Civil Veterinary Department Bihar reports 1936-40 - 1936-1940
Year: 1936
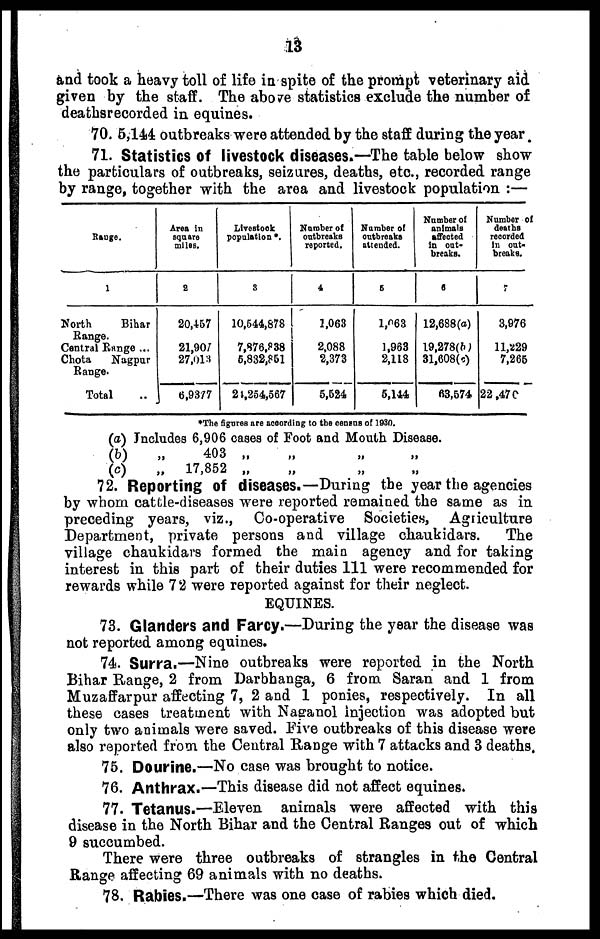
13
and took a heavy toll of life in spite of the prompt veterinary aid
given by the staff. The above statistics exclude the number of
deathsrecorded in equines.
70. 5,144 outbreaks were attended by the staff during the year.
71. Statistics of livestock diseases.—The table below show
the particulars of outbreaks, seizures, deaths, etc., recorded range
by range, together with the area and livestock population :—
Range.
1
North
Bihar
Range.
Central Range ...
Chota
Nagpur
Range.
Total ..
Area in
square
miles.
2
20,457
21,907
27,013
6,9377
Livestock
population*.
3
10,544,878
7,876,838
6,832,851
24,254,567
Number of
outbreaks
reported.
4
1,063
2,088
2,373
5,524
Number of
outbreaks
attended.
5
1,063
1,963
2,118
5,144
Number of
animals
affected
in out-
breaks.
6
12,688(a)
19,278(b)
31,608(c)
63,574
Number of
deaths
recorded
in out-
breaks.
7
3,976
11,5529
7,265
22,470
*The figures are according to the census of 1930.
(a)
(b)
(c)
Includes 6,906 cases of Foot and Mouth Disease.
„
403
„
„
„
„
„
17,852 „ „ „ „
72. Reporting of diseases.—During the year the agencies
by whom cattle-diseases were reported remained the same as in
preceding years, viz., Co-operative Societies, Agriculture
Department, private persons and village chaukidars.
The
village chaukidars formed the main agency and for taking
interest in this part of their duties 111 were recommended for
rewards while 72 were reported against for their neglect.
EQUINES.
73. Glanders and Farcy.—During the year the disease was
not reported among equines.
74. Surra.—Nine outbreaks were reported in the North
Bihar Range, 2 from Darbhanga, 6 from Saran and 1 from
Muzaffarpur affecting 7, 2 and 1 ponies, respectively. In all
these cases treatment with Naganol injection was adopted but
only two animals were saved. Five outbreaks of this disease were
also reported from the Central Range with 7 attacks and 3 deaths.
75. Dourine.—No case was brought to notice.
76. Anthrax.—This disease did not affect equines.
77. Tetanus.—Eleven animals were affected with this
disease in the North Bihar and the Central Ranges out of which
9 succumbed.
There were three outbreaks of strangles in the Central
Range affecting 69 animals with no deaths.
78. Rabies.—There was one case of rabies which died.